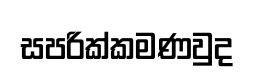
සපරික්කමණවුද